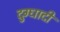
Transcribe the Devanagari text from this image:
दुग्धादी